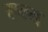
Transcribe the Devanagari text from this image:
रूल्स्